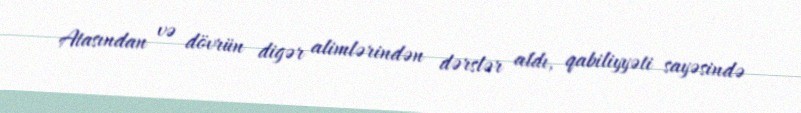
Atasından və dövrün digər alimlərindən dərslər aldı, qabiliyyəti sayəsində